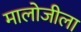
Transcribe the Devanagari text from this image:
मालोजीला